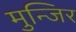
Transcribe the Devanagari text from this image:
मुन्जिर